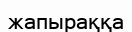
жапыраққа